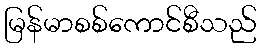
မြန်မာစစ်ကောင်စီသည်